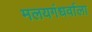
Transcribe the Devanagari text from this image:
मलयगंधर्वाला